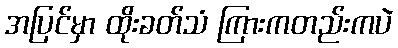
အပြင်မှာ ထိုးခတ်သံ ကြားကတည်းကပဲ